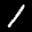
Label: 1